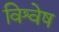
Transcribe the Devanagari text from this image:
विश्वेष